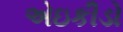
એઇકીડો